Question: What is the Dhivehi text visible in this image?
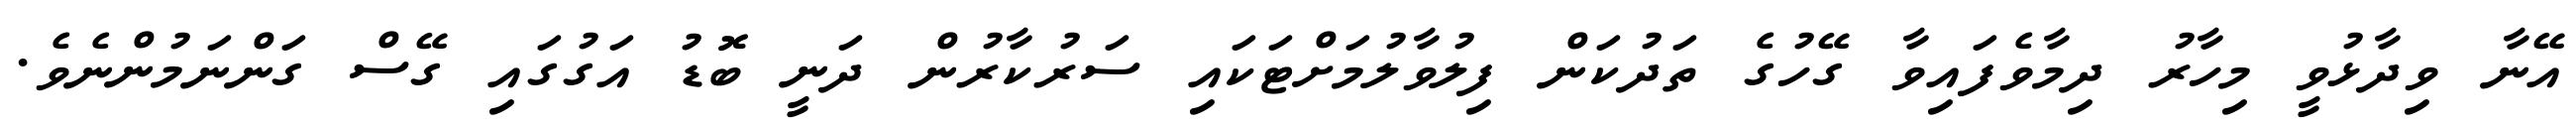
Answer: އޭނާ ވިދާޅުވީ މިހާރު ދިމާވެފައިވާ ގޭހުގެ ތަދުކަން ފިލުވާލުމަށްޓަކައި ސަރުކާރުން ދަނީ ބޮޑު އަގުގައި ގޭސް ގަންނަމުންނެވެ.